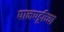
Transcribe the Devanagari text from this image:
पानपट्टीच्या